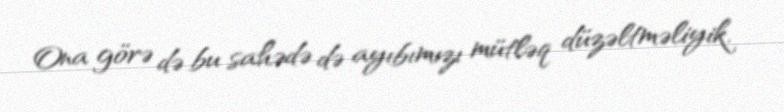
Ona görə də bu sahədə də ayıbımızı mütləq düzəltməliyik.